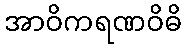
အာဝိကရဏဝိဓိ